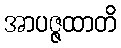
အာပဇ္ဇထာတိ